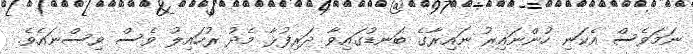
ނަމަވެސް އެކަނި ހުންނައިރު ނައިރާގެ ބަނޑުގައިވާ ދަރިފުޅާ މެދު ރުހައިލު ވެސް ވިސްނައެވެ.